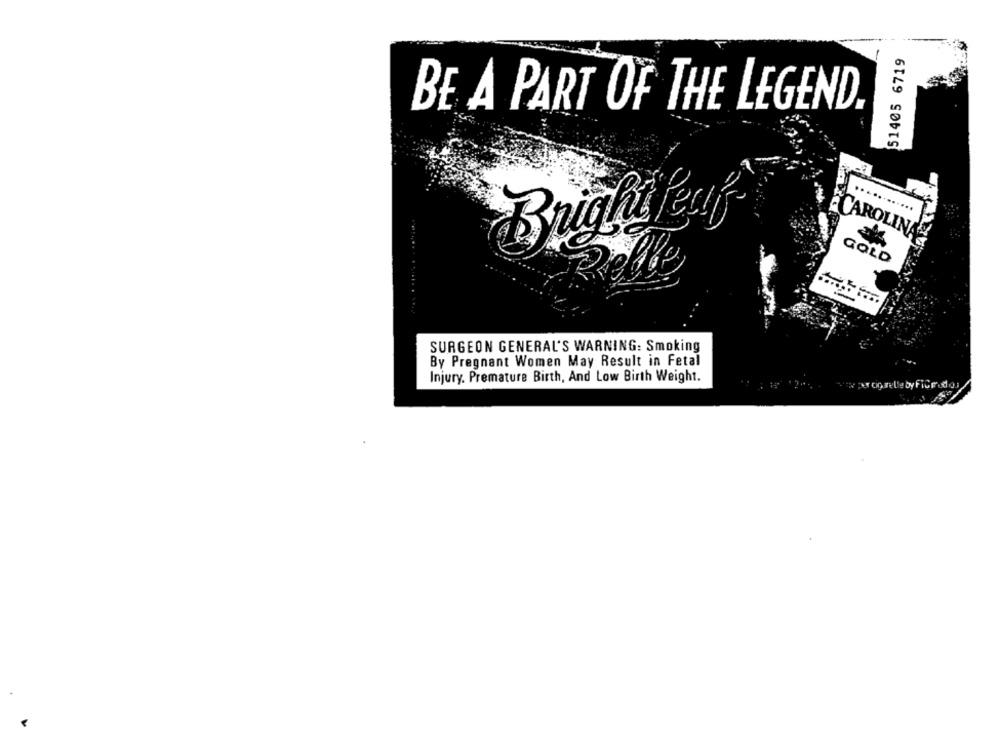
51405 6719
BE A PART OF THE LEGEND.
............
Bright leaf
CAROLINA
GOLD
Selle
SURGEON GENERAL'S WARNING: Smoking
By Pregnant Women May Result in Fetal
Injury. Premature Birth, And Low Birth Weight.
er oprelle by Filtrod .o.j